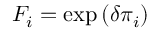
F _ { i } = \exp { ( \delta \pi _ { i } ) }